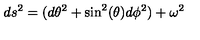
d s ^ { 2 } = ( d { \theta } ^ { 2 } + \sin ^ { 2 } ( \theta ) d { \phi } ^ { 2 } ) + { \omega } ^ { 2 }